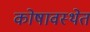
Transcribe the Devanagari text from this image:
कोषावस्थेत